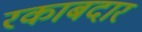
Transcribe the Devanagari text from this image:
रकाबदार